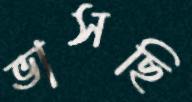
ভাসছি